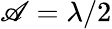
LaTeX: \mathscr{A}=\lambda/2